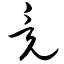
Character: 竟